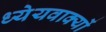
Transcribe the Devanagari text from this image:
ध्येयवाक्यों